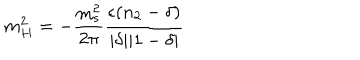
m _ { H } ^ { 2 } = - \frac { m _ { s } ^ { 2 } } { 2 \pi } \frac { \epsilon ( n _ { 2 } - \delta ) } { | \delta | | 1 - \delta | }